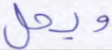
ويحل